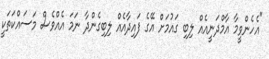
"އެހެންވީމާ އާމްދަނީއެއް ލިބި ގައުމަށް އޭގެ ފައިދާއެއް ލިބިގެންދާ ނަމަ އެއްވެސް މަސައްކަތަކީ